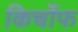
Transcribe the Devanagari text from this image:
किर्चोफ